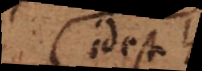
id est